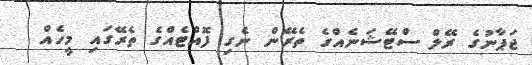
ޖަޕާނުގެ ރޭލް ސްޓޭޝަނެއްގެ ތެރޭން ނެގި ފޮއްޓެއްގެ ތެރޭގައި މީހެއް